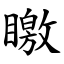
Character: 䁶